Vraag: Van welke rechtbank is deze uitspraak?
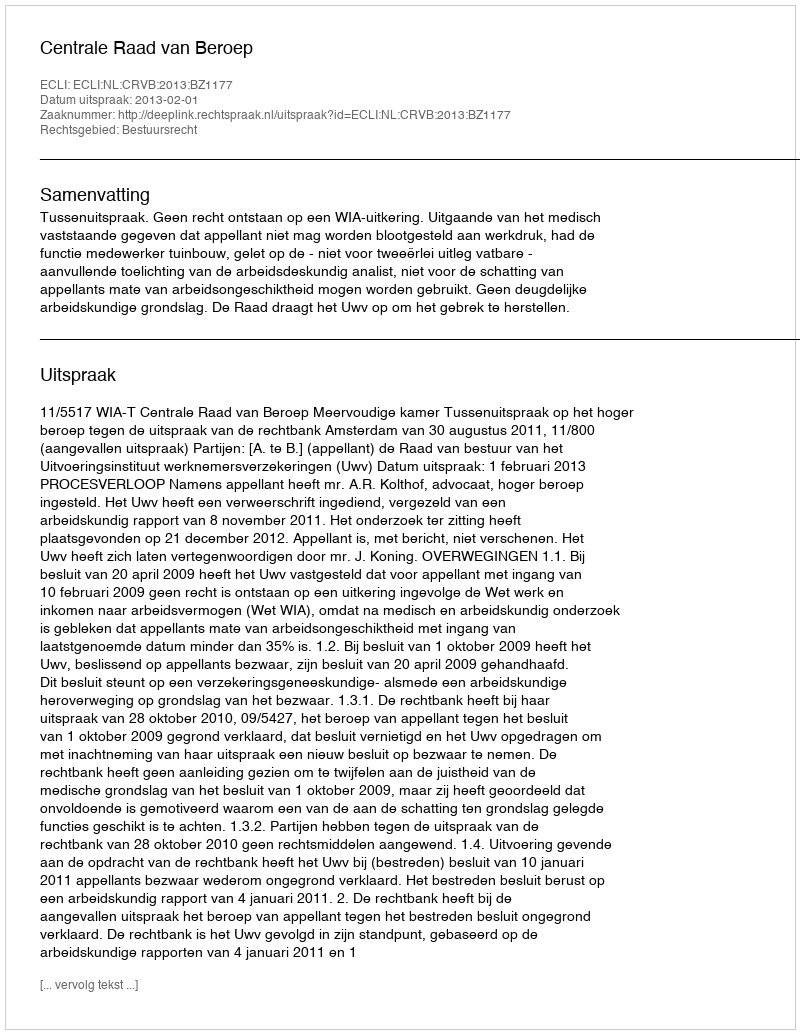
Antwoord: Centrale Raad van Beroep